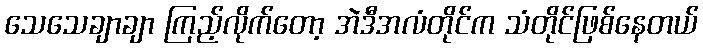
သေသေချာချာ ကြည့်လိုက်တော့ အဲဒီအလံတိုင်က သံတိုင်ဖြစ်နေတယ်